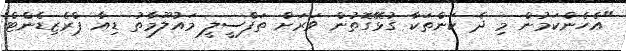
"އެހެންކަމުން މި ދެ ކަންތަކާ ގުޅޭގޮތުން ވަރަށް ތަފްސީލީ މައުލޫމާތު ޑިއާ ޕްރެޒިޑެންޓް